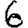
Digit: 6